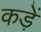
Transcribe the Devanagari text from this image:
कड़ें